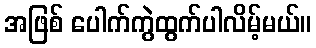
အဖြစ် ပေါက်ကွဲထွက်ပါလိမ့်မယ်။